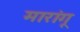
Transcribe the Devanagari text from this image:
मारांगू